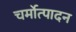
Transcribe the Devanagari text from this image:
चर्मोत्पादन